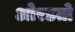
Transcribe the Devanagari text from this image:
ओरडतो